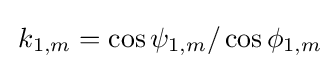
\,k_{1,m}=\cos \psi _{1,m}/\cos \phi _{1,m}